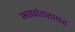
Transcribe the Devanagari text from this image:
भाषांतरावर